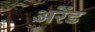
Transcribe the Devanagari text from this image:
अरेंड